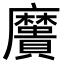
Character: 𪎯